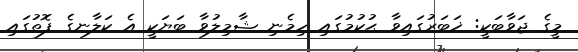
މީގެ ޖަވާބަކީ: ޚަބަރުގައިވާ ޙުކުމުގައި ހިމެނި ޝާމިލުވާ ބަޔަކީ އެ ކަލާނގެ ފޮތުގައި